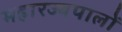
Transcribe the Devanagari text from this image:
महारज्यपालों